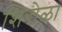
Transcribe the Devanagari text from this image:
शिरोळा